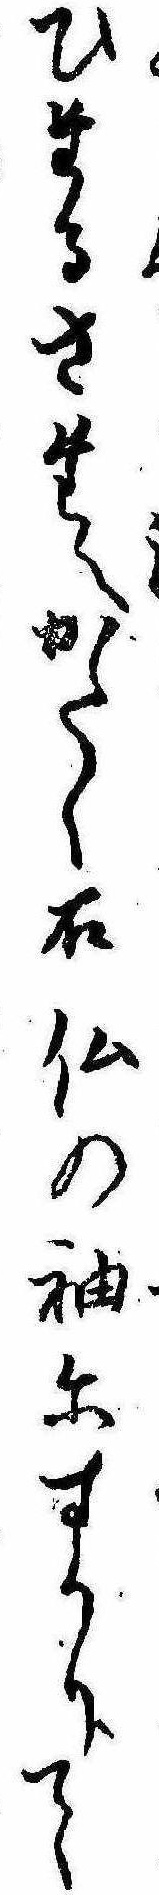
ひたるさたへかたく石仏の袖にすかりて